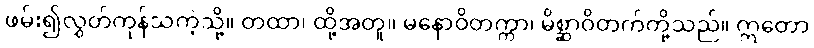
ဖမ်း၍လွှတ်ကုန်သကဲ့သို့။ တထာ၊ ထို့အတူ။ မနောဝိတက္ကာ၊ မိစ္ဆာဝိတက်တို့သည်။ ဣတော